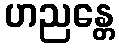
ဟညန္တေ